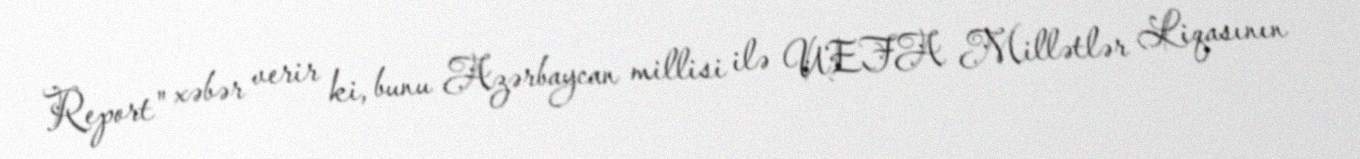
Report" xəbər verir ki, bunu Azərbaycan millisi ilə UEFA Millətlər Liqasının